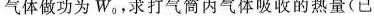
气体做功为W0，求打气筒内气体吸收的热量(已